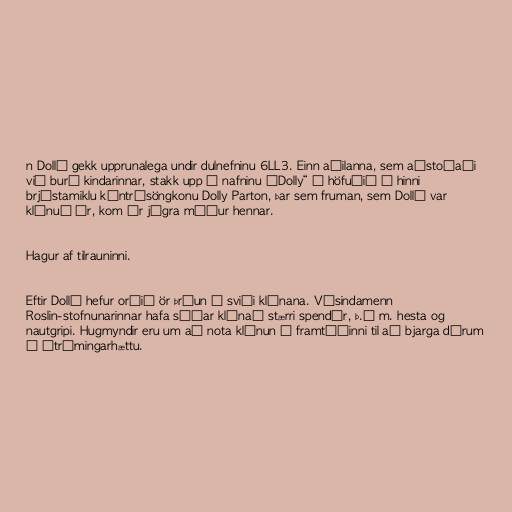
n Dollý gekk upprunalega undir dulnefninu 6LL3. Einn aðilanna, sem aðstoðaði
við burð kindarinnar, stakk upp á nafninu „Dolly“ í höfuðið á hinni
brjóstamiklu kántrísöngkonu Dolly Parton, þar sem fruman, sem Dollý var
klónuð úr, kom úr júgra móður hennar.

Hagur af tilrauninni.

Eftir Dollý hefur orðið ör þróun á sviði klónana. Vísindamenn
Roslin-stofnunarinnar hafa síðar klónað stærri spendýr, þ.á m. hesta og
nautgripi. Hugmyndir eru um að nota klónun í framtíðinni til að bjarga dýrum
í útrýmingarhættu.